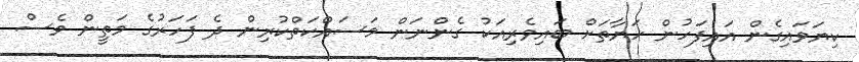
ކިޔަވައިގެން އައިފަހުން ހަޔާތަށް ބައިވެރިއަކު ގެންނަން މަސައްކަތްކުރިން ދެ ފަހަރުގެ މަތީން ވެސް